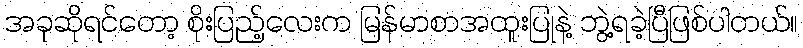
အခုဆိုရင်တော့ စိုးပြည့်လေးက မြန်မာစာအထူးပြုနဲ့ ဘွဲ့ရခဲ့ပြီဖြစ်ပါတယ်။